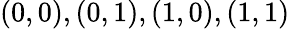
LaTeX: (0,0),(0,1),(1,0),(1,1)